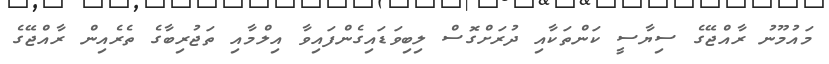
މައުމޫނު ރާއްޖޭގެ ސިޔާސީ ކަންތަކާއި ދުރަށްގޮސް ލިބިވަޑައިގެންފައިވާ އިލްމާއި ތަޖުރިބާގެ ތެރެއިން ރާއްޖޭގެ